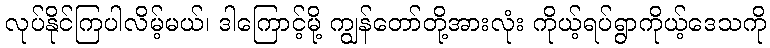
လုပ်နိုင်ကြပါလိမ့်မယ်၊ ဒါကြောင့်မို့ ကျွန်တော်တို့အားလုံး ကိုယ့်ရပ်ရွာကိုယ့်ဒေသကို